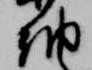
納